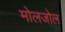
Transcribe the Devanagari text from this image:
मोलजोल